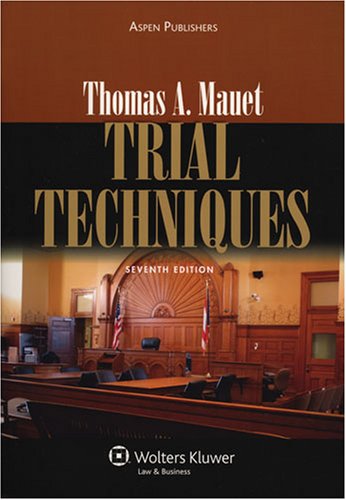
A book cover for Trial Techniques; Thomas A. Mauet; Law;